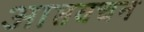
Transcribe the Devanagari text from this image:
आप्तवचन